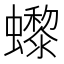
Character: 𧔌